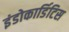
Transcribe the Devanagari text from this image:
इंडोकार्डिटिस